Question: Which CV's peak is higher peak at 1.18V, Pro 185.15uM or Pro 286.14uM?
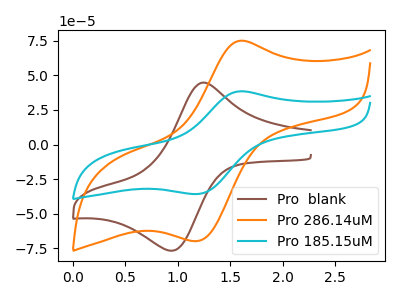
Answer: <think>The brown curve "Pro  blank" has an anodic peak at (1.25V, 44.70uA) and a cathodic peak at (0.95V, -76.80uA). The orange curve "Pro 286.14uM" has an anodic peak at (1.60V, 75.05uA) and a cathodic peak at (1.20V, -69.85uA). The cyan curve "Pro 185.15uM" has an anodic peak at (1.60V, 38.50uA) and a cathodic peak at (1.20V, -35.80uA).</think>
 <answer>The peak at 1.18V is lower in "Pro 185.15uM" than in "Pro 286.14uM".</answer>
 <eval>lower</eval>